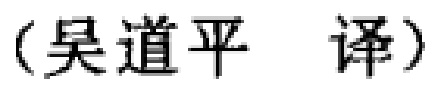
（吴道平 译）